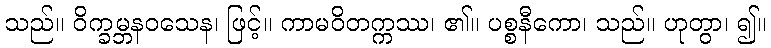
သည်။ ဝိက္ခမ္ဘနဝသေန၊ ဖြင့်။ ကာမဝိတက္ကဿ၊ ၏။ ပစ္စနီကော၊ သည်။ ဟုတွာ၊ ၍။